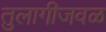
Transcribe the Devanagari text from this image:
तुलागीजवळ